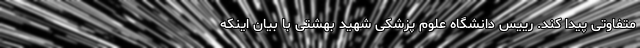
متفاوتی پیدا کند. رییس دانشگاه علوم پزشکی شهید بهشتی با بیان اینکه